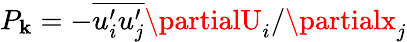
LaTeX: P_{\mathbf{k}}=-\overline{{{u_{i}^{\prime}u_{j}^{\prime}}}}{\partialU_{i}/\partialx_{j}}